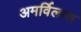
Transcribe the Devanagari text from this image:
अमर्विलास